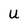
Character: U